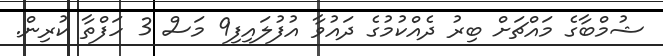
ޝުމްބާގެ މައްޗަށް ބިރު ދެއްކުމުގެ ދައުވާ އުފުލައިފި9 މަސް 3 ހަފްތާ ކުރިން.